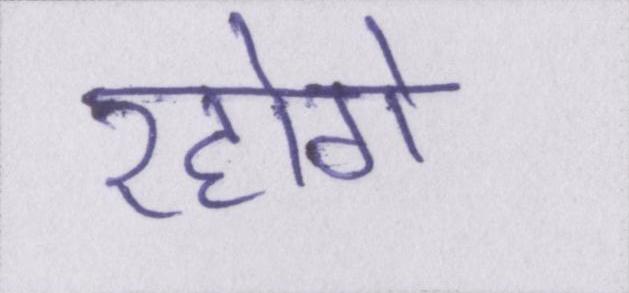
रहोगे